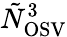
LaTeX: \tilde{N}_{\mathrm{OSV}}^{3}